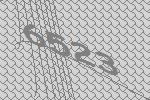
6523